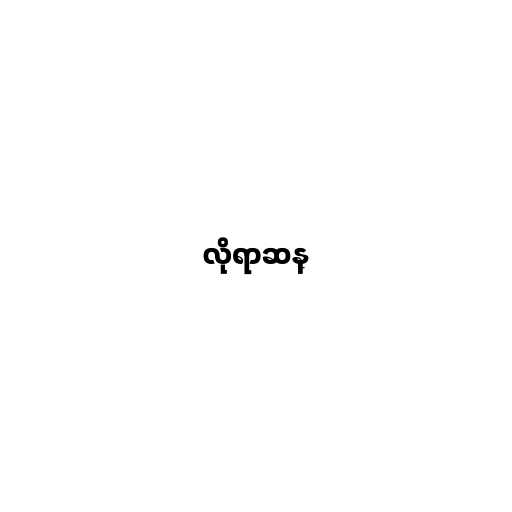
လိုရာဆန္